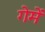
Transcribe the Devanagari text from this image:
गेमें